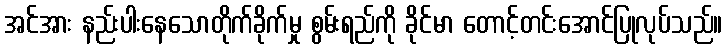
အင်အား နည်းပါးနေသောတိုက်ခိုက်မှု စွမ်းရည်ကို ခိုင်မာ တောင့်တင်းအောင်ပြုလုပ်သည်။